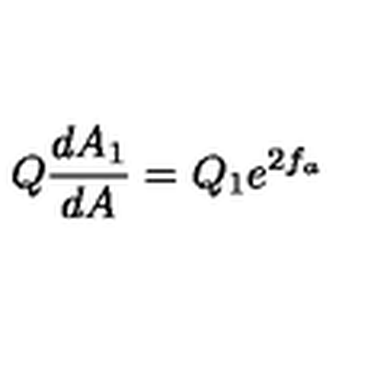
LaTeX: Q \frac { d A _ { 1 } } { d A } = Q _ { 1 } e ^ { 2 f _ { a } }